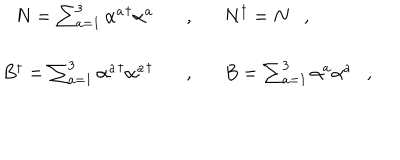
LaTeX: \begin{array} { r c l } { { N = \sum _ { a = 1 } ^ { 3 } { \alpha ^ { a } } ^ { \dagger } \alpha ^ { a } \ \ \ } } & { { , } } & { { \ \ \ N ^ { \dagger } = N \ \ \ , } } \\ { { B ^ { \dagger } = \sum _ { a = 1 } ^ { 3 } { \alpha ^ { a } } ^ { \dagger } { \alpha ^ { a } } ^ { \dagger } \ \ \ } } & { { , } } & { { \ \ \ B = \sum _ { a = 1 } ^ { 3 } \alpha ^ { a } \alpha ^ { a } \ \ \ , } } \\ \end{array}